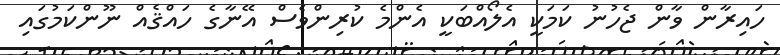
ހައިރާން ވާން ޖެހުނު ކަމަކީ އެލޯއްބަކީ އެންމެ ކުރިންވެސް އޭނާގެ ހައްޤެއް ނޫންކަމުގައި